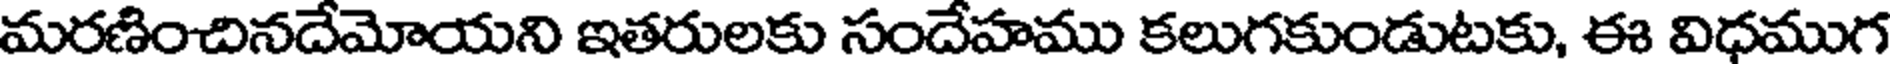
మరణించినదేమోయని ఇతరులకు సందేహము కలుగకుండుటకు, ఈ విధముగ